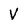
Character: V